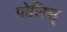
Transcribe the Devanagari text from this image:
पोलिस्